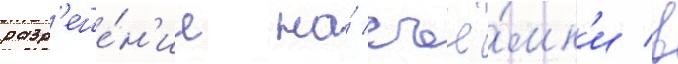
разр'еше́н'ие на́ съё́мк'и в